Etiology and epidemiology of plague
Disease focus: Plague
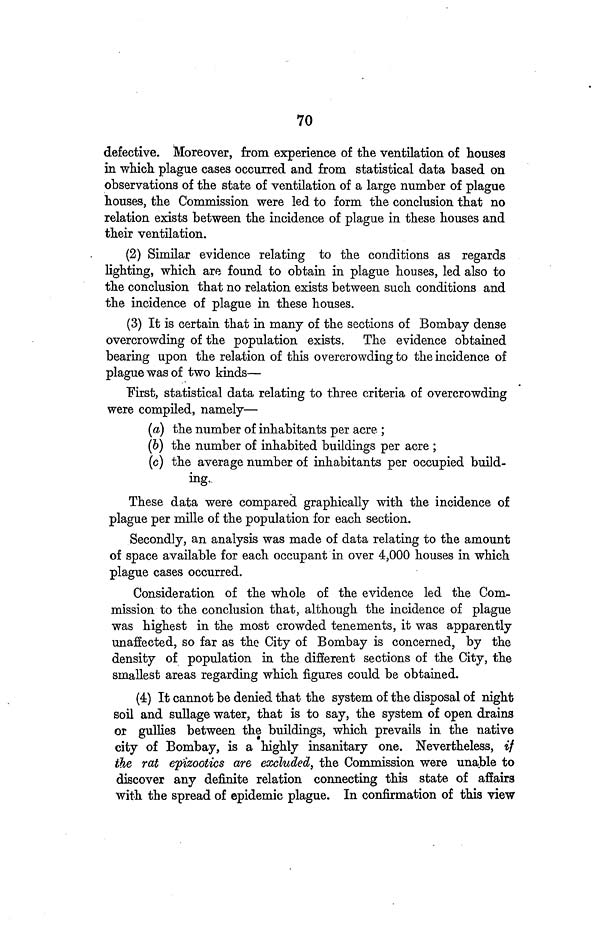
70
defective. Moreover, from experience of the ventilation of houses
in which plague cases occurred and from statistical data based on
observations of the state of ventilation of a large number of plague
houses, the Commission were led to form the conclusion that no
relation exists between the incidence of plague in these houses and
their ventilation.
(2) Similar evidence relating to the conditions as regards
lighting, which are found to obtain in plague houses, led also to
the conclusion that no relation exists between such conditions and
the incidence of plague in these houses.
(3) It is certain that in many of the sections of Bombay dense
overcrowding of the population exists. The evidence obtained
bearing upon the relation of this overcrowding to the incidence of
plague was of two kinds—
First, statistical data relating to three criteria of overcrowding
were compiled, namely—
(a) the number of inhabitants per acre ;
(6) the number of inhabited buildings per acre ;
(c) the average number of inhabitants per occupied build-
ing.
These data were compared graphically with the incidence of
plague per mille of the population for each section.
Secondly, an analysis was made of data relating to the amount
of space available for each occupant in over 4,000 houses in which
plague cases occurred.
Consideration of the whole of the evidence led the Com-
mission to the conclusion that, although the incidence of plague
was highest in the most crowded tenements, it was apparently
unaffected, so far as the City of Bombay is concerned, by the
density of population in the different sections of the City, the
smallest areas regarding which figures could be obtained.
(4) It cannot be denied that the system of the disposal of night
soil and sullage water, that is to say, the system of open drains
or gullies between the buildings, which prevails in the native
city of Bombay, is a highly insanitary one. Nevertheless, if
the rat epizootics are excluded, the Commission were unable to
discover any definite relation connecting this state of affairs
with the spread of epidemic plague. In confirmation of this view